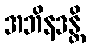
အဘိနဒန္တိ